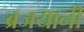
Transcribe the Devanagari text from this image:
ब्रजयानी